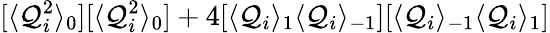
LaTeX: [\langle\mathcal{Q}_{i}^{2}\rangle_{0}][\langle\mathcal{Q}_{i}^{2}\rangle_{0}]+4[\langle\mathcal{Q}_{i}\rangle_{1}\langle\mathcal{Q}_{i}\rangle_{-1}][\langle\mathcal{Q}_{i}\rangle_{-1}\langle\mathcal{Q}_{i}\rangle_{1}]